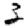
Digit: 3